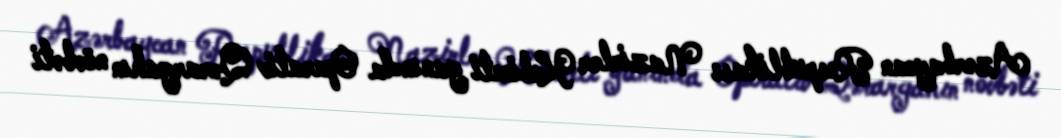
Azərbaycan Respublikası Nazirlər Kabineti yanında Operativ Qərargahın növbəti